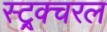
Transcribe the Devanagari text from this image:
स्ट्र्क्चरल